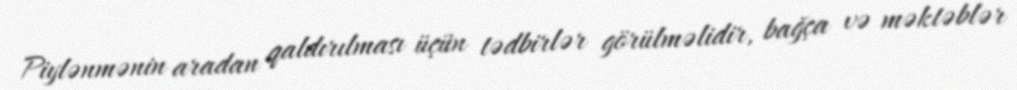
Piylənmənin aradan qaldırılması üçün tədbirlər görülməlidir, bağça və məktəblər